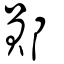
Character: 鄖